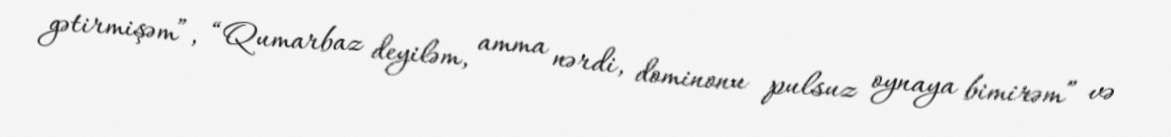
gətirmişəm”, “Qumarbaz deyiləm, amma nərdi, dominonu pulsuz oynaya bimirəm” və